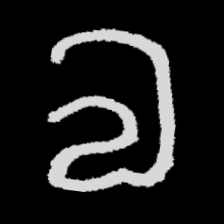
Pyu character \u2014 Myanmar letter: လ (romanized: la)